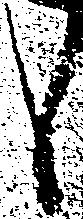
候